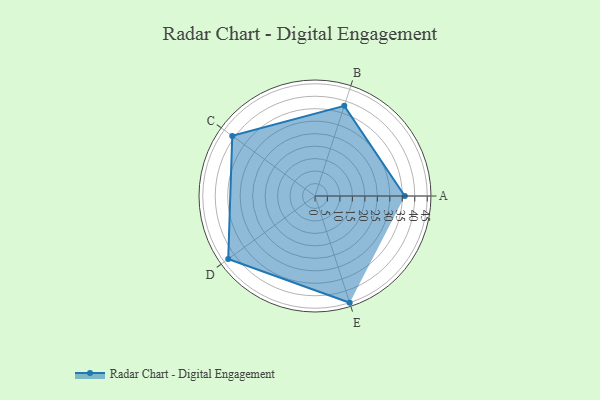
{"axis": {"x": "Skill", "y": "Score"}, "legend": ["Profile"], "data": [{"x": "A", "y": 36.0, "type": "Profile"}, {"x": "B", "y": 38.0, "type": "Profile"}, {"x": "C", "y": 41.0, "type": "Profile"}, {"x": "D", "y": 43.0, "type": "Profile"}, {"x": "E", "y": 45.0, "type": "Profile"}]}